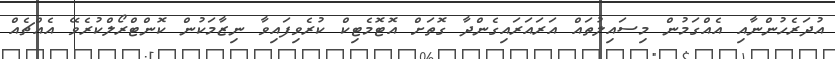
އުދަރެހުންނާއި އެއްގަމުން މިސައިލުތައް އަރައަރައިގެންދާ ގޮތަށް އޮޓޮމެޓިކް ކުރެވިފައިވާ ނިޒާމަކުން ކޮންޓްރޯލްކުރެވޭ އެއްޗެއް